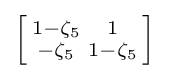
\left[{\begin{smallmatrix}1-\zeta _{5}&1\\-\zeta _{5}&1-\zeta _{5}\end{smallmatrix}}\right]